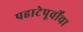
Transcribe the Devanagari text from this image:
पहाटेपूर्वींचा